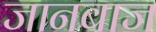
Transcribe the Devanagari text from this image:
जानबाज